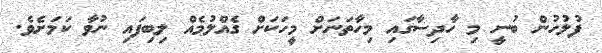
ފުލުހުން ބުނީ މި ހާދިސާގައި މިހާތަނަށް މީހަކަށް ގެއްލުމެއް ލިބިފައި ނުވާ ކަމަށެވެ.